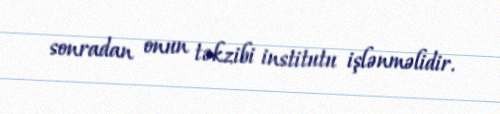
sonradan onun təkzibi institutu işlənməlidir.